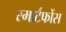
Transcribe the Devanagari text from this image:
स्मार्टफोंस